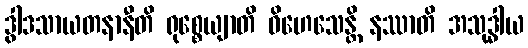
ဒွါဒသာယတနာနီတိ ရုစ္စေယျာတိ ဝိဟေသေန္တိ နဿာတိ အသုဒ္ဓါယ